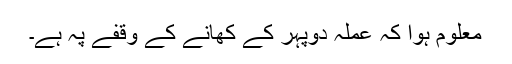
معلوم ہوا کہ عملہ دوپہر کے کھانے کے وقفے پہ ہے۔